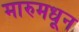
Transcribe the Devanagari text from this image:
मारुमधून